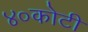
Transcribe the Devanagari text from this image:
४०कोटी